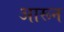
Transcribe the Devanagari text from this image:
आरून